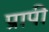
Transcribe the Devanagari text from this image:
प्रापी